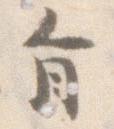
旨